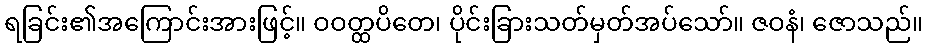
ရခြင်း၏အကြောင်းအားဖြင့်။ ဝဝတ္ထပိတေ၊ ပိုင်းခြားသတ်မှတ်အပ်သော်။ ဇဝနံ၊ ဇောသည်။